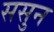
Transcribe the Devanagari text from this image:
ससुन